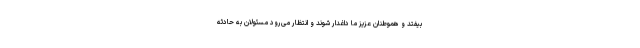
بیفتد و هموطنان عزیز ما داغدار شوند و انتظار می‌رود مسئولان به حادثه